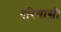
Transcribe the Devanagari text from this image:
दरियासी